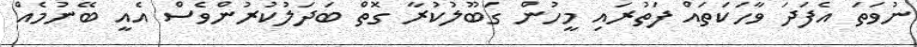
ނުވަތަ އެފަދަ ވާހަކަތައް ފަތުރައި މީހުން ގަބޫލުކުރާ ގޮތް ބަދަލުކުރުންވެސް އެއީ ބޭނުމެއް